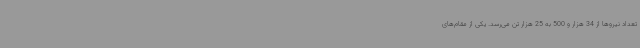
تعداد نیروها از 34 هزار و 500 به 25 هزار تن می‌رسد. یکی از مقام‌های